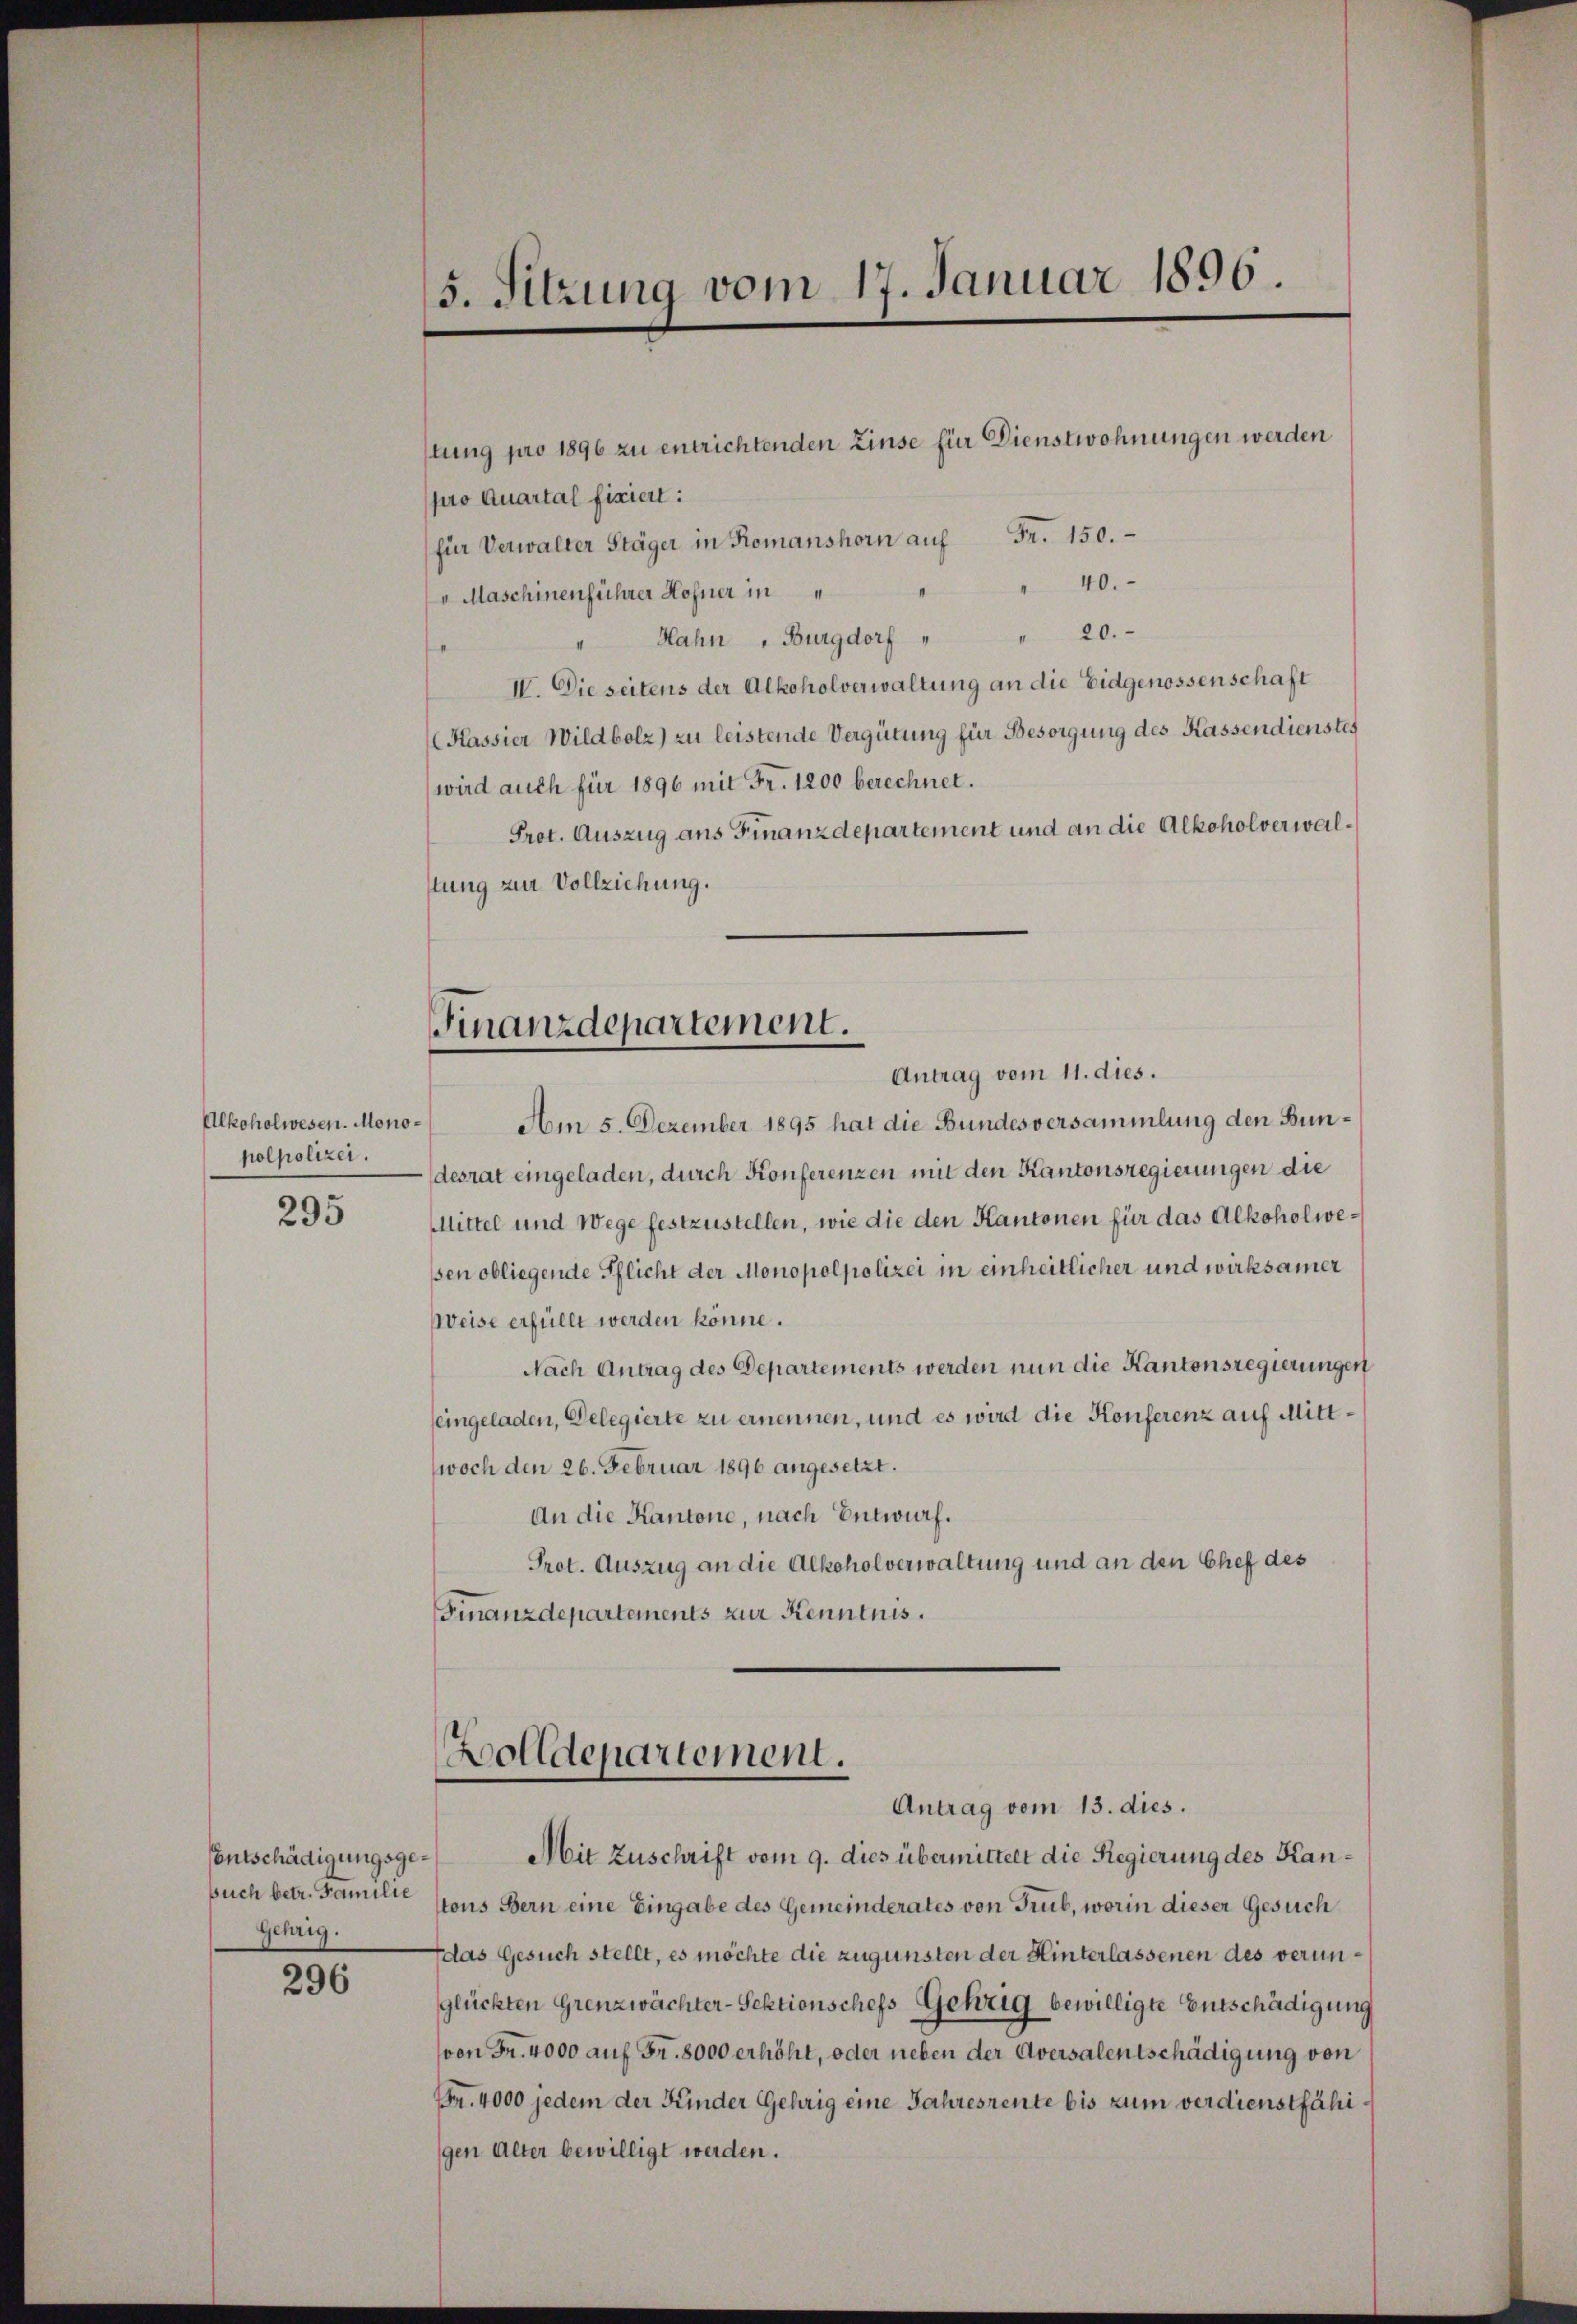
Alkoholwesen. Monopolpolizei.

295

Entschädigungsgesuch betr. Familie
Gehrig.

296

5. Sitzung vom 17. Januar 1896.

stung pro 1896 zu entrichtenden Zinse für Dienstwohnungen werden
pro Quartal fixiert:
Fr. 150.
für Verwalter Stäger in Romanshorn auf
40.
 Maschinenführer Hohner in
" 20.
Hahn, Burgdorf
IV. Die seitens der Alkoholverwaltung an die Eidgenossenschaft
(Kassier Wildbolz) zu leistende Vergütung für Besorgung des Kassendienstes
wird auch für 1896 mit Fr. 1200 berechnet.
Prot. Auszug aus Finanzdepartement und an die Alkoholverwalstung zur Vollziehung.

Finanzdepartement.
Antrag vom 11. dies.

Am 5. Dezember 1895 hat die Bundesversammlung den Bundesrat eingeladen, durch Konferenzen mit den Kantonsregierungen die
Mittel und Wege festzustellen, wie die den Kantonen für das Alkoholwesen obliegende Pflicht der Monopolpolizei in einheitlicher und wirksamer
Weise erfüllt werden könne.
Nach Antrag des Departements werden nun die Kantonsregierungen
eingeladen, Delegierte zu ernennen, und es wird die Konferenz auf Mittwoch den 26. Februar 1896 angesetzt.
An die Kantone, nach Entwurf.
Prot. Auszug an die Alkoholverwaltung und an den Chef des
Finanzdepartements zur Kenntnis.

Zolldepartement.
Antrag vom 13. dies.

Mit Zuschrift vom 9. dies übermittelt die Regierung des Kanstons Bern eine Eingabe des Gemeinderates von Trub, worin dieser Gesuch
Idas Gesuch stellt, es möchte die zugunsten der Hinterlassenen des verunglückten Grenzwächter-Sektionschefs Gehrig bewilligte Entschädigung
von Fr. 4000 auf Fr. 8000 erhöht, oder neben der Aversalentschädigung von
n. 4000 jedem der Kinder Gehrig eine Jahresrente bis zum verdienstfähigen Alter bewilligt werden.